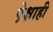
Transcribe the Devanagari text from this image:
पे़क्षाही